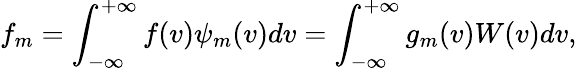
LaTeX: f_{m}=\int_{-\infty}^{+\infty}f(v)\psi_{m}(v)dv=\int_{-\infty}^{+\infty}g_{m}(v)W(v)dv,